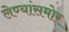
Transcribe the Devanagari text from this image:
लेण्यांसमोर